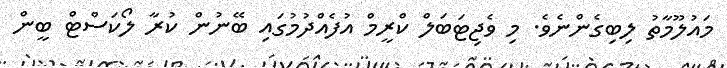
މައުލޫމާތު ލިބިގެންނެވެ. މި ވެޖިޓަބަލް ކްރީމް އުފެއްދުމުގައި ބޭނުން ކުރާ ލޯކަސްޓް ބީން